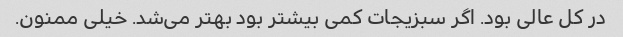
در کل عالی بود. اگر سبزیجات کمی بیشتر بود بهتر می‌شد. خیلی ممنون.